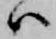
ハ